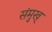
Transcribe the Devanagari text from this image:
संमुख्